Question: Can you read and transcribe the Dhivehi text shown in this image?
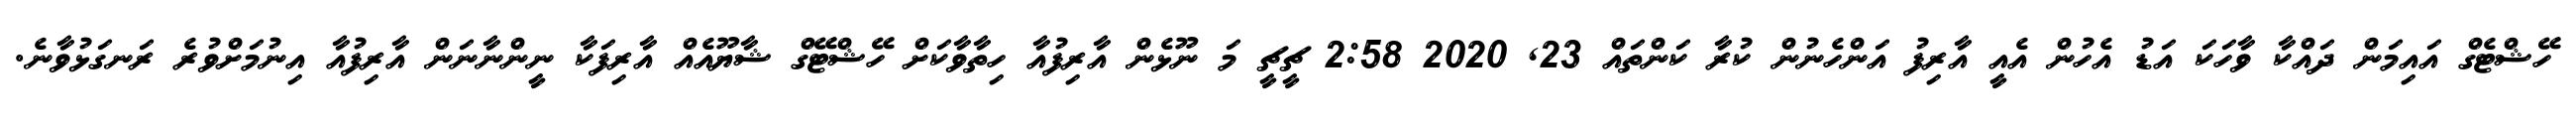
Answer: ހޭޝްޓެގް އައިމަން ދައްކާ ވާހަކަ އަޑު އެހުން އެއީ އާރިފު އަންހެނުން ކުރާ ކަންތައް 23, 2020 2:58 ޗީޗީ މަ ނޫޅެން އާރިފުއާ ހިތާވާކަށް ހޭޝްޓޭގް ޝާޔޫއެއް އާރިފަކާ ނީންނާނަން އާރިފުއާ އިނުމަށްވުރެ ރަނގަޅުވާނެ.